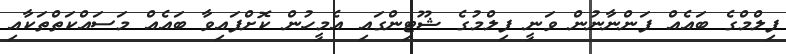
ފިލްމްގެ ބައެއް ފަންނާނުން ވަނީ ފިލްމުގެ ޝޫޓިންގައި އެމީހުން ކޮށްފައިވާ ބައެއް މަސައްކަތްތަކާއި